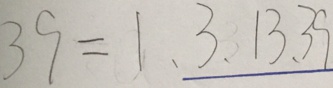
3 9 = 1 、 3 、 1 3 、 3 9